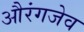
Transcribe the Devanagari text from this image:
औरंगजेव